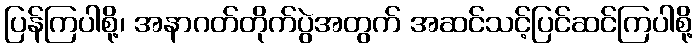
ပြန်ကြပါစို့၊ အနာဂတ်တိုက်ပွဲအတွက် အဆင်သင့်ပြင်ဆင်ကြပါစို့